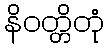
နိဝတ္တိတုံ